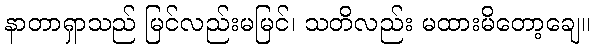
နာတာရှာသည် မြင်လည်းမမြင်၊ သတိလည်း မထားမိတော့ချေ။